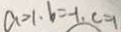
a > 1 , b = - 1 , c = 1